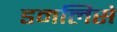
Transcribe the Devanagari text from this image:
डमलिसे